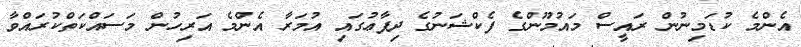
އެންމެ ކުޑަމިނުން ރައީސް މައުމޫންގެ ފެކްޝަނުގެ ދިފާޢުގައި އުމަރާ އެންމެ އަރިހުން މަސައްކަތްކުރައްވާ